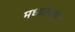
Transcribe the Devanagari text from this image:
मध्‍यस्‍थम